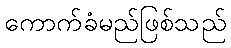
ကောက်ခံမည်ဖြစ်သည်